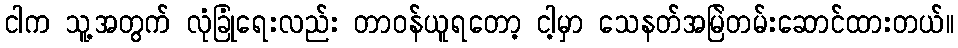
ငါက သူ့အတွက် လုံခြုံရေးလည်း တာဝန်ယူရတော့ ငါ့မှာ သေနတ်အမြဲတမ်းဆောင်ထားတယ်။